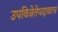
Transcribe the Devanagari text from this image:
उपविजेतेपदावरच